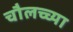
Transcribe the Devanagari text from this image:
चौलच्च्या